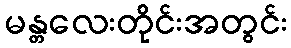
မန္တလေးတိုင်းအတွင်း